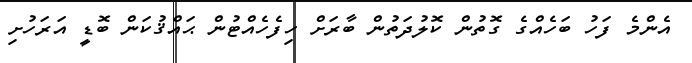
އެންމެ ފަހު ބަހެއްގެ ގޮތުން ކޮލުދަތުން ބާރަށް ހިފެހެއްޓުން ޙައްޤުކަން ބޮޑީ އަރަހުށި